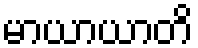
မာယာယာတိ